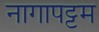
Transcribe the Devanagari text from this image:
नागापट्टम